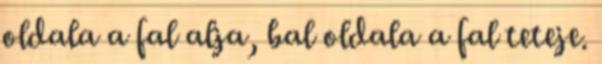
oldala a fal alja, bal oldala a fal teteje.